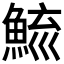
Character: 𩷮